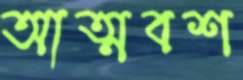
আত্মবশ